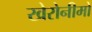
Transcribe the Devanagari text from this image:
खेरोनीमो